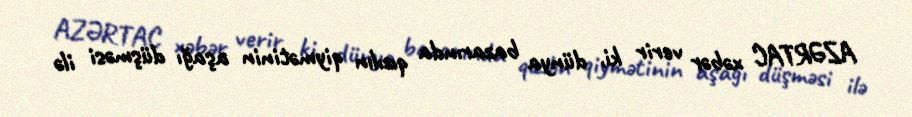
AZƏRTAC xəbər verir ki, dünya bazarında qızılın qiymətinin aşağı düşməsi ilə